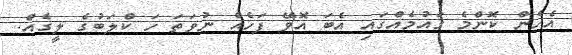
އެހެން ކޮންމެ ގައުމެއްގައި އެބަ އޮވޭ ފަހެއް ނުވަތަ ހަ ކްލަބުގެ ލީގެއް.